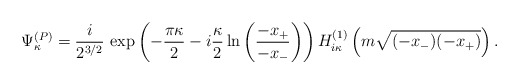
\begin{align*}\Psi_{\kappa}^{(P)}=\frac{i}{2^{3/2}}\,\exp\left(-\frac{\pi\kappa}2-i\frac{\kappa}2\ln\left(\frac{-x_+}{-x_-}\right)\right)H_{i\kappa}^{(1)}\left(m\sqrt{(-x_-)(-x_+)}\right).\end{align*}